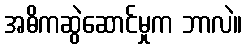
အဓိကဆွဲဆောင်မှုက ဘာလဲ။